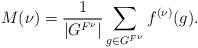
LaTeX: \begin{align*}M(\nu) = \frac{1}{|G^{F^\nu}|} \sum_{g\in G^{F^\nu}} f^{(\nu)}(g). \end{align*}